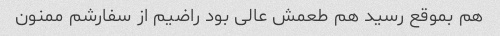
هم بموقع رسید هم طعمش عالی بود راضیم از سفارشم ممنون